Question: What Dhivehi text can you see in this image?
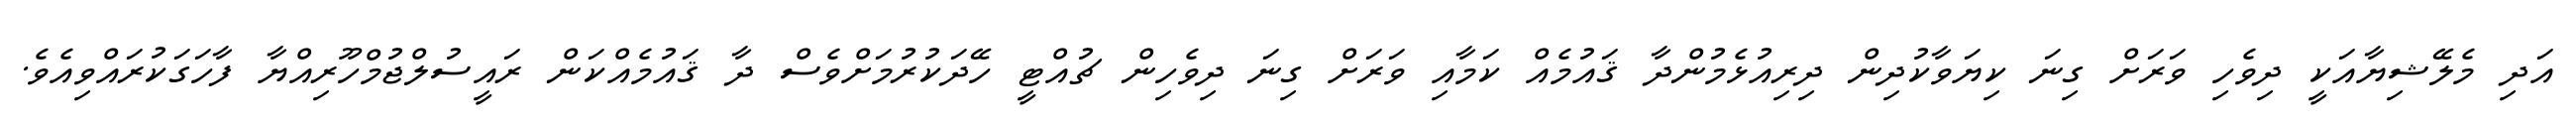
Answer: އަދި މެލޭޝިޔާއަކީ ދިވެހި ވަރަށް ގިނަ ކިޔަވާކުދިން ދިރިއުޅެމުންދާ ޤައުމެއް ކަމާއި ވަރަށް ގިނަ ދިވެހިން ޗުއްޓީ ހޭދަކުރުމަށްވެސް ދާ ޤައުމެއްކަން ރައީސުލްޖުމްހޫރިއްޔާ ފާހަގަކުރައްވިއެވެ.